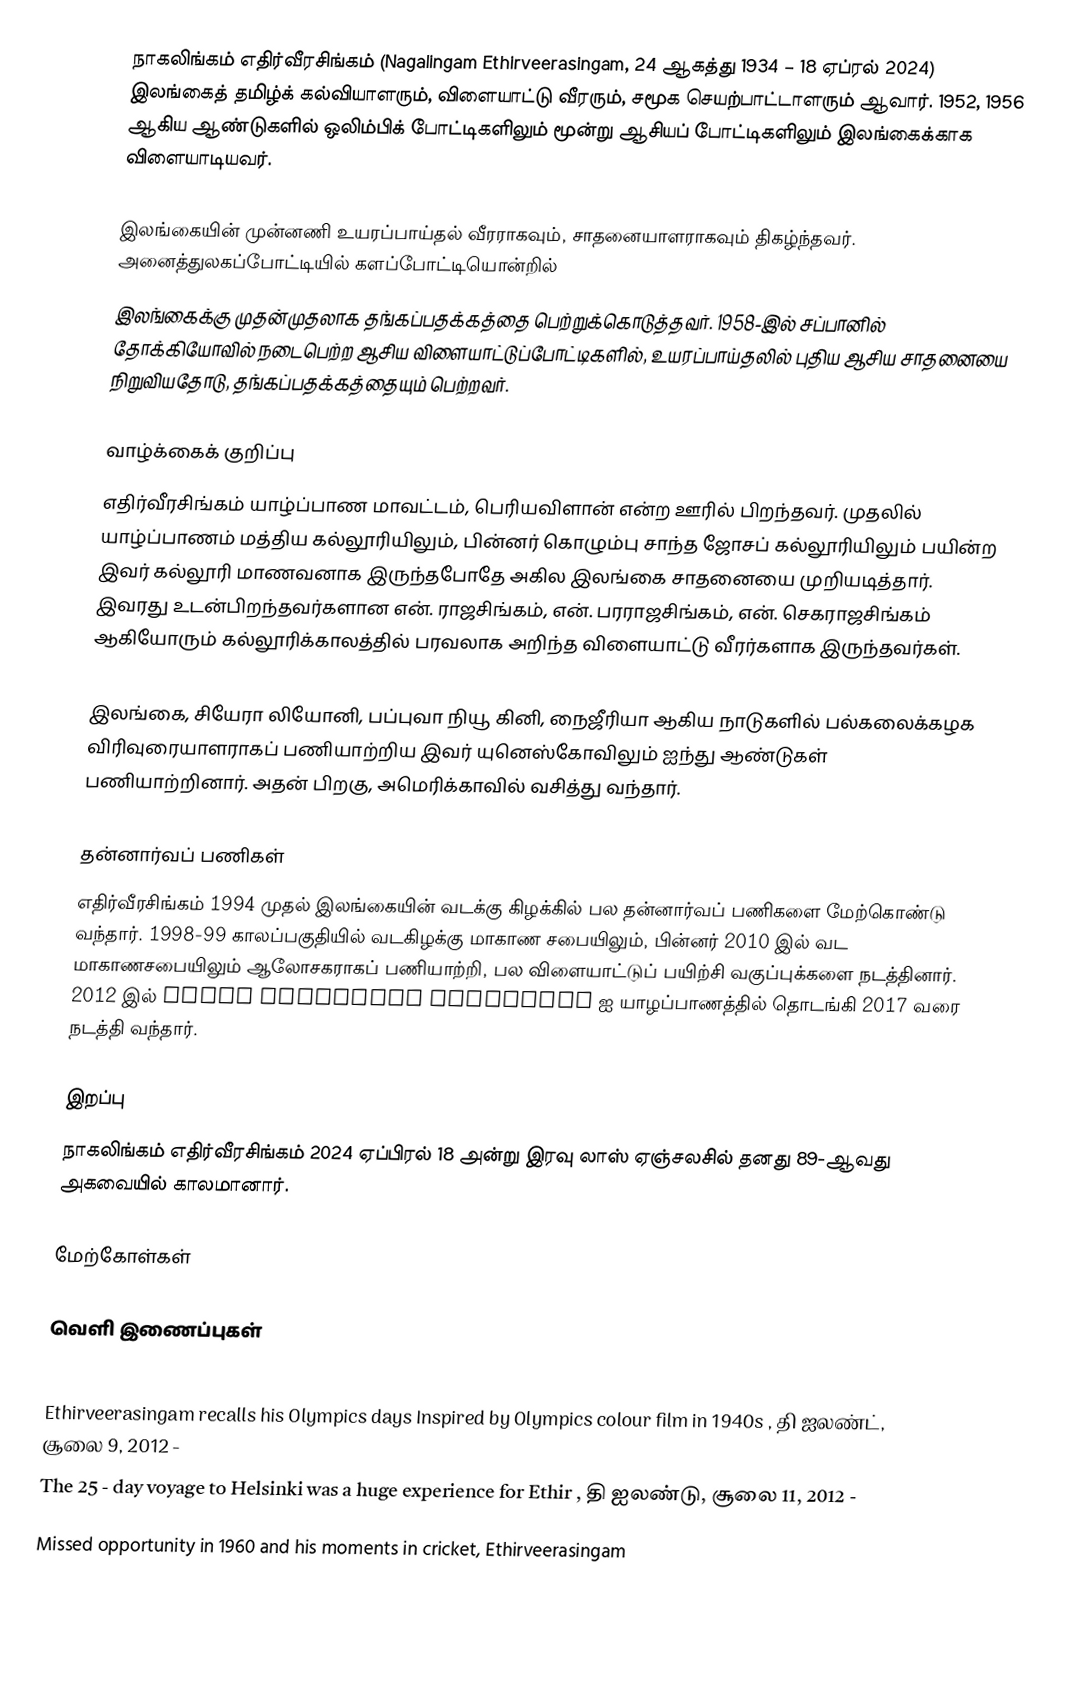
நாகலிங்கம் எதிர்வீரசிங்கம் (Nagalingam Ethirveerasingam, 24 ஆகத்து 1934 – 18 ஏப்ரல் 2024) இலங்கைத் தமிழ்க் கல்வியாளரும், விளையாட்டு வீரரும், சமூக செயற்பாட்டாளரும் ஆவார். 1952, 1956 ஆகிய ஆண்டுகளில் ஒலிம்பிக் போட்டிகளிலும் மூன்று ஆசியப் போட்டிகளிலும் இலங்கைக்காக விளையாடியவர்.

இலங்கையின் முன்னணி உயரப்பாய்தல் வீரராகவும், சாதனையாளராகவும் திகழ்ந்தவர். அனைத்துலகப்போட்டியில் களப்போட்டியொன்றில்
இலங்கைக்கு முதன்முதலாக தங்கப்பதக்கத்தை பெற்றுக்கொடுத்தவர். 1958-இல் சப்பானில் தோக்கியோவில் நடைபெற்ற ஆசிய விளையாட்டுப்போட்டிகளில், உயரப்பாய்தலில் புதிய ஆசிய சாதனையை நிறுவியதோடு, தங்கப்பதக்கத்தையும் பெற்றவர்.

வாழ்க்கைக் குறிப்பு
எதிர்வீரசிங்கம் யாழ்ப்பாண மாவட்டம், பெரியவிளான் என்ற ஊரில் பிறந்தவர். முதலில் யாழ்ப்பாணம் மத்திய கல்லூரியிலும், பின்னர் கொழும்பு சாந்த ஜோசப் கல்லூரியிலும் பயின்ற இவர் கல்லூரி மாணவனாக இருந்தபோதே அகில இலங்கை சாதனையை முறியடித்தார். இவரது உடன்பிறந்தவர்களான என். ராஜசிங்கம், என். பரராஜசிங்கம், என். செகராஜசிங்கம் ஆகியோரும் கல்லூரிக்காலத்தில் பரவலாக அறிந்த விளையாட்டு வீரர்களாக இருந்தவர்கள்.

இலங்கை, சியேரா லியோனி, பப்புவா நியூ கினி, நைஜீரியா ஆகிய நாடுகளில் பல்கலைக்கழக விரிவுரையாளராகப் பணியாற்றிய இவர் யுனெஸ்கோவிலும் ஐந்து ஆண்டுகள் பணியாற்றினார். அதன் பிறகு, அமெரிக்காவில் வசித்து வந்தார்.

தன்னார்வப் பணிகள்
எதிர்வீரசிங்கம் 1994 முதல் இலங்கையின் வடக்கு கிழக்கில் பல தன்னார்வப் பணிகளை மேற்கொண்டு வந்தார். 1998-99 காலப்பகுதியில் வடகிழக்கு மாகாண சபையிலும், பின்னர் 2010 இல் வட மாகாணசபையிலும் ஆலோசகராகப் பணியாற்றி, பல விளையாட்டுப் பயிற்சி வகுப்புக்களை நடத்தினார். 2012 இல் SERVE eLearning Institute ஐ யாழப்பாணத்தில் தொடங்கி 2017 வரை நடத்தி வந்தார்.

இறப்பு
நாகலிங்கம் எதிர்வீரசிங்கம் 2024 ஏப்பிரல் 18 அன்று இரவு லாஸ் ஏஞ்சலசில் தனது 89-ஆவது அகவையில் காலமானார்.

மேற்கோள்கள்

வெளி இணைப்புகள்
Selected Writings
Ethirveerasingam recalls his Olympics days Inspired by Olympics colour film in 1940s , தி ஐலண்ட், சூலை 9, 2012 -
The 25 - day voyage to Helsinki was a huge experience for Ethir , தி ஐலண்டு, சூலை 11, 2012 -
 Missed opportunity in 1960 and his moments in cricket, Ethirveerasingam